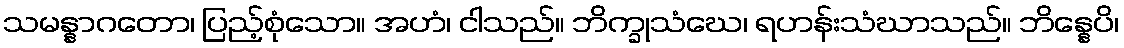
သမန္နာဂတော၊ ပြည့်စုံသော။ အဟံ၊ ငါသည်။ ဘိက္ခုသံဃေ၊ ရဟန်းသံဃာသည်။ ဘိန္နေပိ၊